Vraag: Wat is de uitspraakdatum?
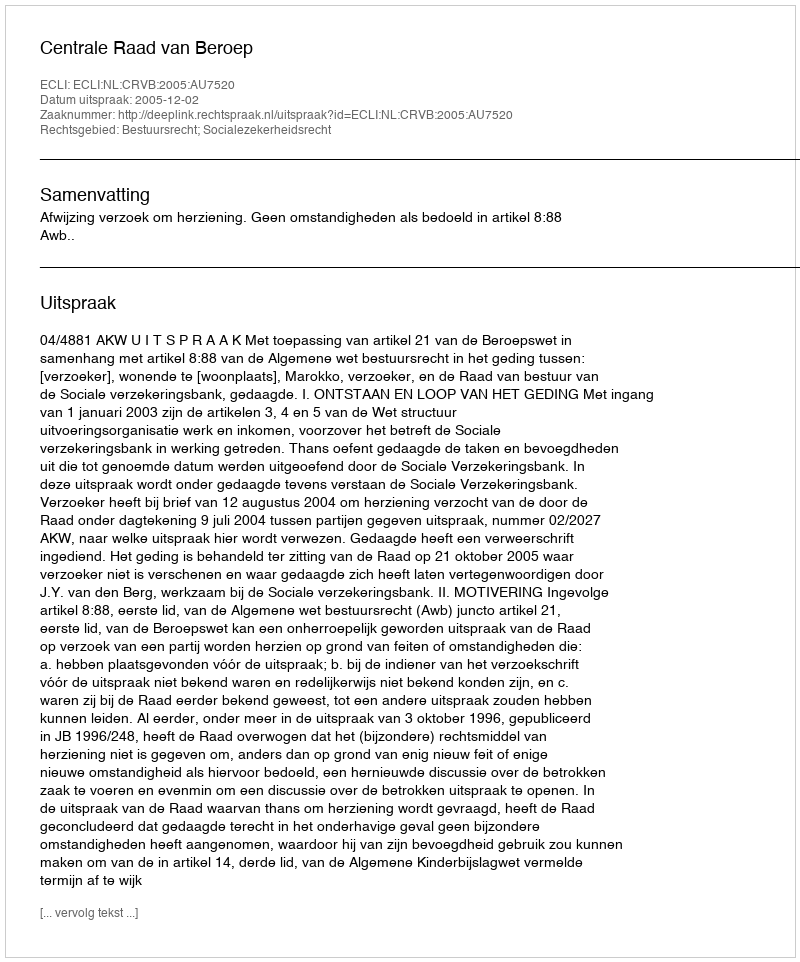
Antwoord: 2005-12-02